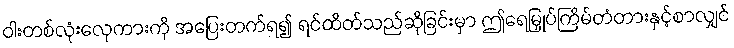
ဝါးတစ်လုံးလှေကားကို အပြေးတက်ရ၍ ရင်ထိတ်သည်ဆိုခြင်းမှာ ဤရေမြှုပ်ကြိမ်တံတားနှင့်စာလျှင်